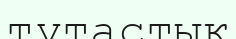
түтастық